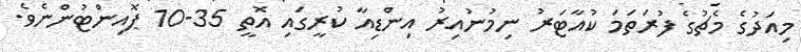
މިއަދުގެ މެޗުގެ ފުރަތަމަ ކުއާޓަރު ނިމުނުއިރު އިންޑިއާ ކުރީގައި އޮތީ 35-10 ޕޮއިންޓުންނެވެ.